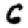
Digit: 6